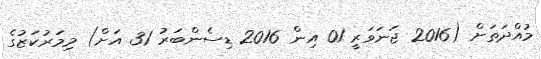
މުއްދަތަށް (2016 ޖަނަވަރީ 01 އިން 2016 ޑިސެންބަރު 31 އަށް) މިމަރުކަޒުގެ